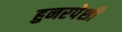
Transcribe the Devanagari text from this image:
हुनरपेशी